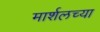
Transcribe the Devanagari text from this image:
मार्शलच्या